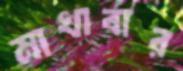
মাখাবার